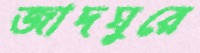
জাদঘুরে